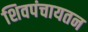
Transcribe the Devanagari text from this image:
शिवपंचायतन